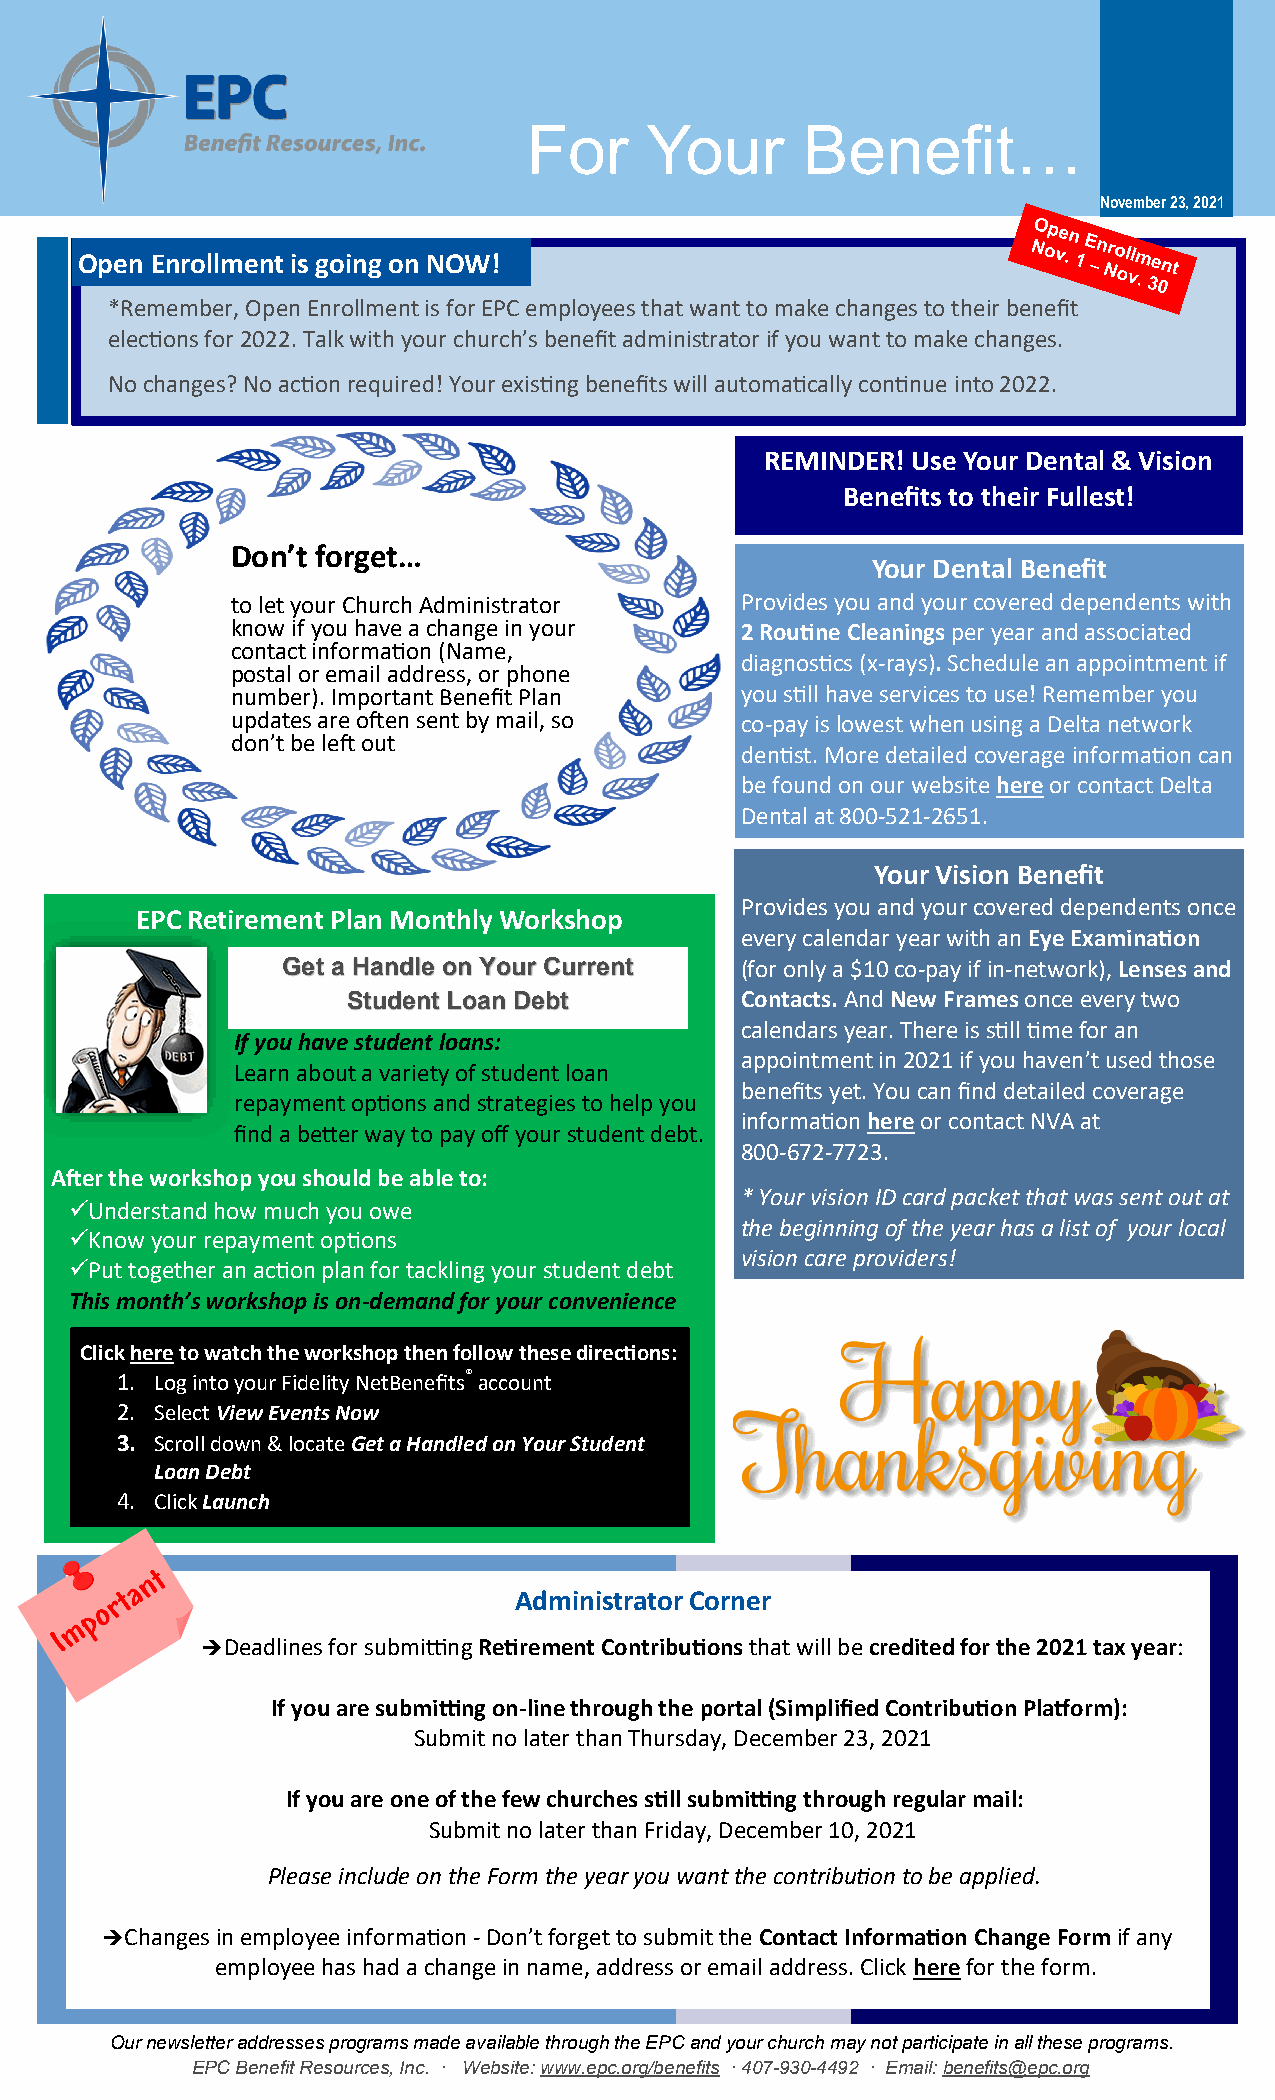
For     Your      Benefit…
 Newsletter
 November 23, 2021
 Open Enrollment is going on NOW!
 *Remember, Open Enrollment is for EPC employees that want to make changes to their benefit
 elections for 2022. Talk with your church’s benefit administrator if you want to make changes.
 No changes? No action required! Your existing benefits will automatically continue into 2022.
 REMINDER! Use Your Dental & Vision
 Benefits to their Fullest!
 Don’t forget…
 Your Dental Benefit
 to let your Church Administrator  Provides you and your covered dependents with
 know if you have a change in your 2 Routine Cleanings per year and associated
 contact information (Name,
 diagnostics (x-rays). Schedule an appointment if
 postal or email address, or phone
 number). Important Benefit Plan   you still have services to use! Remember you
 updates are often sent by mail, so co-pay is lowest when using a Delta network
 don’t be left out
 dentist. More detailed coverage information can
 be found on our website here or contact Delta
 Dental at 800-521-2651.
 Your Vision Benefit
 Provides you and your covered dependents once
 EPC Retirement Plan Monthly Workshop
 every calendar year with an Eye Examination
 Get a Handle on Your Current  (for only a $10 co-pay if in-network), Lenses and
 Student Loan Debt         Contacts. And New Frames once every two
 calendars year. There is still time for an
 If you have student loans:
 appointment in 2021 if you haven’t used those
 Learn about a variety of student loan
 benefits yet. You can find detailed coverage
 repayment options and strategies to help you
 information here or contact NVA at
 find a better way to pay off your student debt.
 800-672-7723.
 After the workshop you should be able to:
 * Your vision ID card packet that was sent out at
 ✓Understand how much you owe
 the beginning of the year has a list of your local
 ✓Know your repayment options
 vision care providers!
 ✓Put together an action plan for tackling your student debt
 This month’s workshop is on-demand for your convenience
 Click here to watch the workshop then follow these directions:
 1. Log into your Fidelity NetBenefits® account
 2. Select View Events Now
 3. Scroll down & locate Get a Handled on Your Student
 Loan Debt
 4. Click Launch
 Administrator Corner
 ➔Deadlines for submitting Retirement Contributions that will be credited for the 2021 tax year:
 If you are submitting on-line through the portal (Simplified Contribution Platform):
 Submit no later than Thursday, December 23, 2021
 If you are one of the few churches still submitting through regular mail:
 Submit no later than Friday, December 10, 2021
 Please include on the Form the year you want the contribution to be applied.
 ➔Changes in employee information - Don’t forget to submit the Contact Information Change Form if any
 employee has had a change in name, address or email address. Click here for the form.
 Our newsletter addresses programs made available through the EPC and your church may not participate in all these programs.
 EPC Benefit Resources, Inc. · Website: www.epc.org/benefits · 407-930-4492 · Email: benefits@epc.org